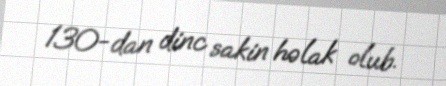
130-dan dinc sakin həlak olub.